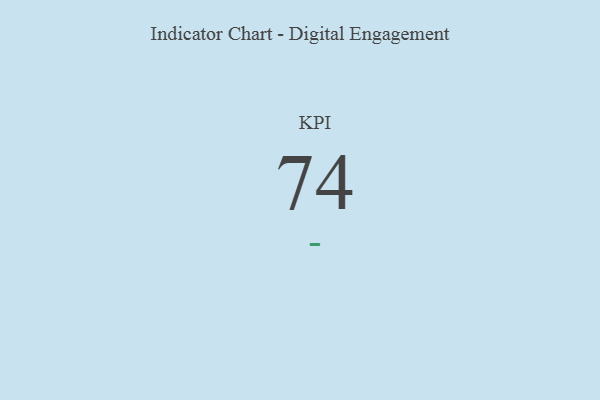
{"axis": {"x": "KPI", "y": "Value"}, "legend": [""], "data": [{"x": "KPI", "y": 74, "type": ""}]}